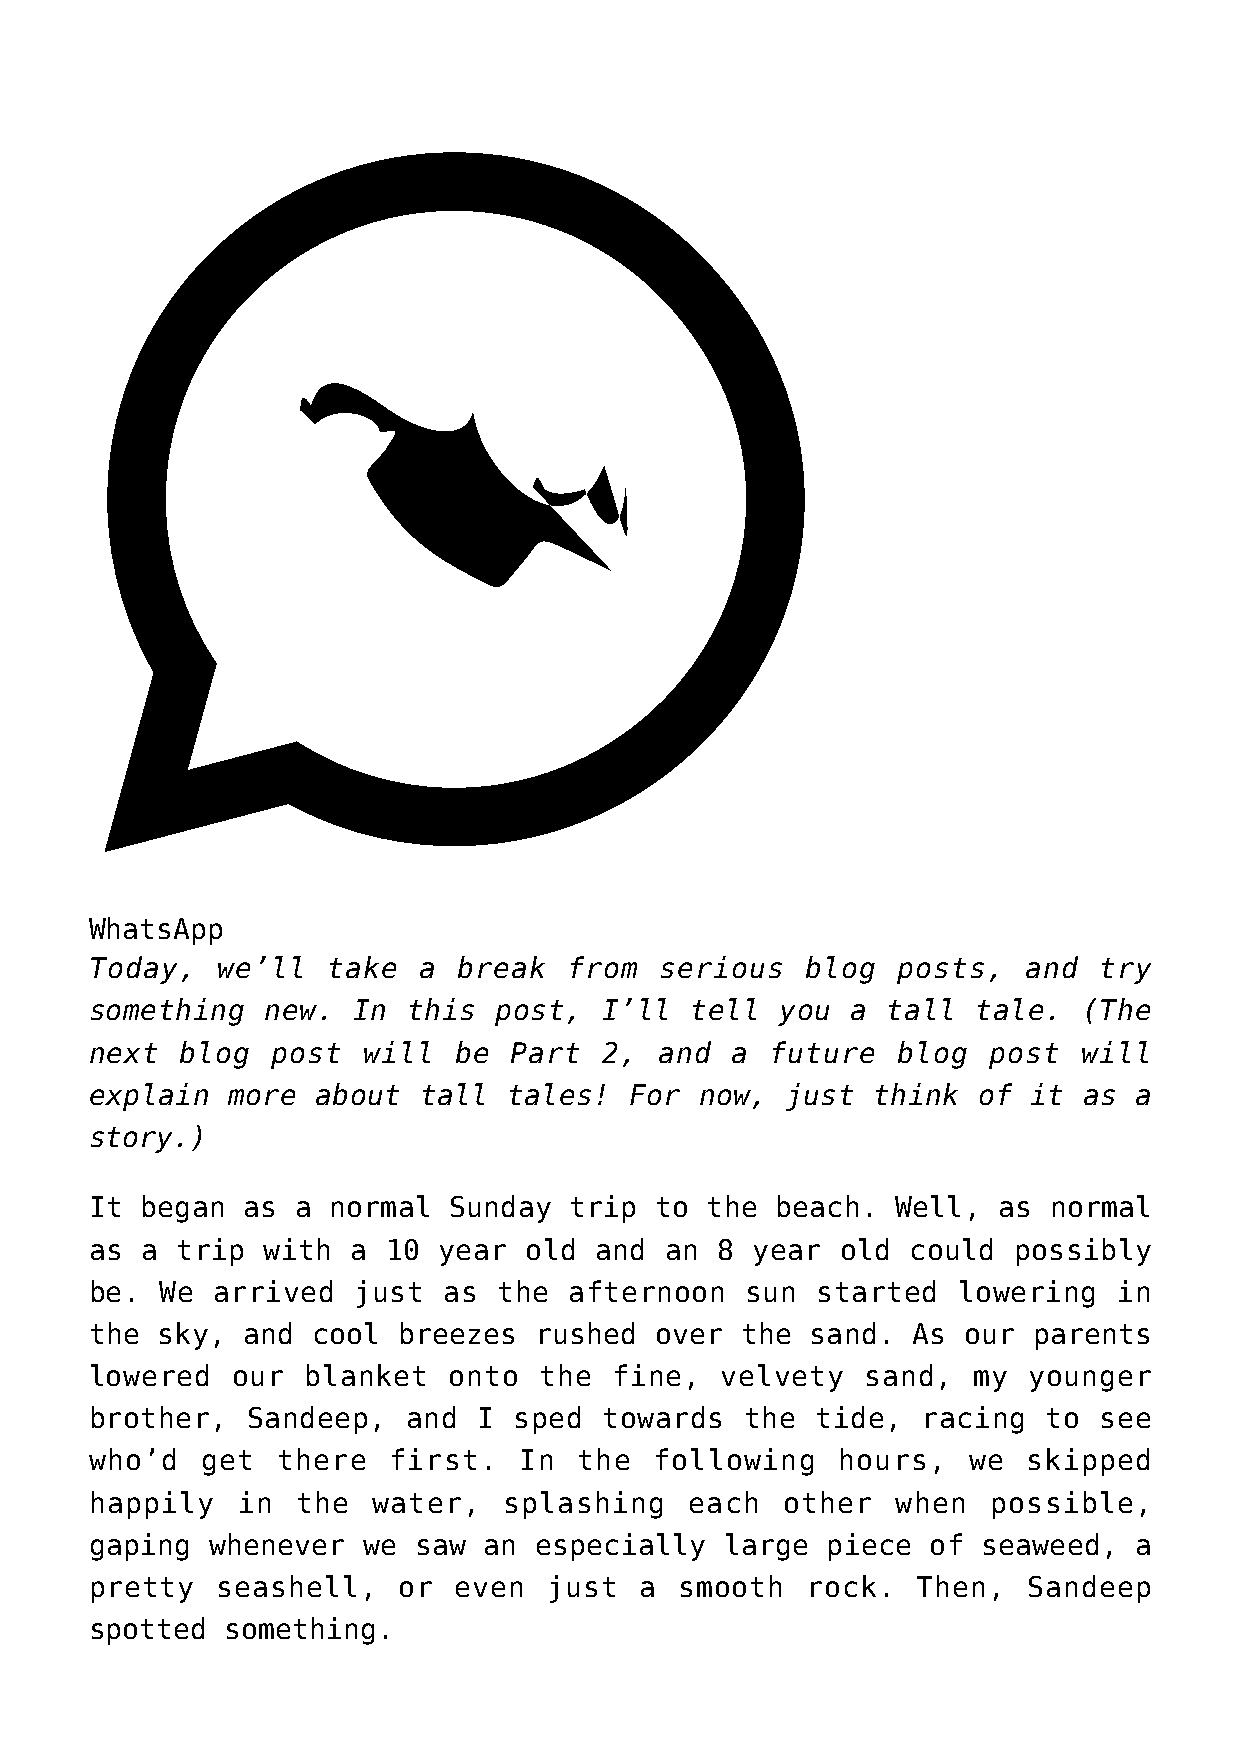
WhatsApp
 Today,  we’ll   take  a break   from  serious  blog  posts,   and  try
 something   new. In  this  post,  I’ll  tell  you a  tall  tale.  (The
 next  blog  post  will  be  Part  2,  and a  future  blog  post   will
 explain  more  about  tall  tales!  For now,  just  think  of it  as a
 story.)
 It began  as a  normal  Sunday  trip to  the beach.  Well,  as normal
 as a  trip with  a  10 year  old and  an 8  year  old could  possibly
 be.  We arrived   just as  the  afternoon  sun  started  lowering   in
 the sky,  and  cool breezes  rushed  over  the  sand. As  our parents
 lowered  our  blanket   onto  the  fine,  velvety  sand,  my  younger
 brother,  Sandeep,   and  I sped  towards  the  tide,  racing  to  see
 who’d  get  there   first.  In  the  following   hours,   we  skipped
 happily   in  the  water,  splashing    each  other  when   possible,
 gaping  whenever  we saw  an especially   large  piece of  seaweed,  a
 pretty  seashell,   or  even  just  a  smooth  rock.   Then,  Sandeep
 spotted  something.